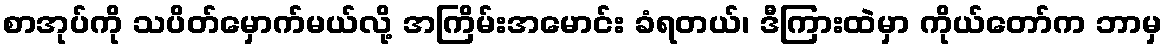
စာအုပ်ကို သပိတ်မှောက်မယ်လို့ အကြိမ်းအမောင်း ခံရတယ်၊ ဒီကြားထဲမှာ ကိုယ်တော်က ဘာမှ